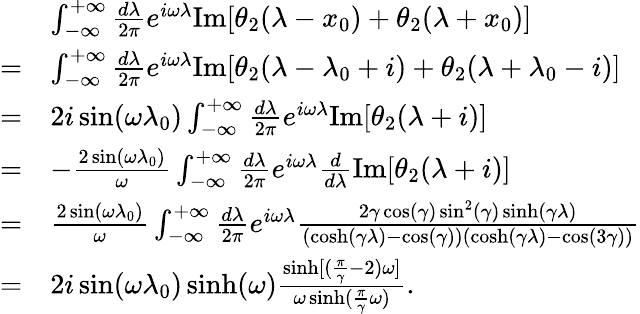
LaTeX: \begin{array}{rl}&{\int_{-\infty}^{+\infty}\frac{d\lambda}{2\pi}e^{i\omega\lambda}\mathrm{Im}[\theta_{2}(\lambda-x_{0})+\theta_{2}(\lambda+x_{0})]}\\ {=}&{\int_{-\infty}^{+\infty}\frac{d\lambda}{2\pi}e^{i\omega\lambda}\mathrm{Im}[\theta_{2}(\lambda-\lambda_{0}+i)+\theta_{2}(\lambda+\lambda_{0}-i)]}\\ {=}&{2i\sin(\omega\lambda_{0})\int_{-\infty}^{+\infty}\frac{d\lambda}{2\pi}e^{i\omega\lambda}\mathrm{Im}[\theta_{2}(\lambda+i)]}\\ {=}&{-\frac{2\sin(\omega\lambda_{0})}{\omega}\int_{-\infty}^{+\infty}\frac{d\lambda}{2\pi}e^{i\omega\lambda}\frac{d}{d\lambda}\mathrm{Im}[\theta_{2}(\lambda+i)]}\\ {=}&{\frac{2\sin(\omega\lambda_{0})}{\omega}\int_{-\infty}^{+\infty}\frac{d\lambda}{2\pi}e^{i\omega\lambda}\frac{2\gamma\cos(\gamma)\sin^{2}(\gamma)\sinh(\gamma\lambda)}{(\cosh(\gamma\lambda)-\cos(\gamma))(\cosh(\gamma\lambda)-\cos(3\gamma))}}\\ {=}&{2i\sin(\omega\lambda_{0})\sinh(\omega)\frac{\sinh[(\frac{\pi}{\gamma}-2)\omega]}{\omega\sinh(\frac{\pi}{\gamma}\omega)}.}\end{array}